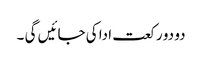
دو دو رکعت ادا کی جائیں گی ۔